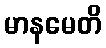
မာနမေတိ